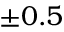
\pm 0 . 5